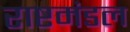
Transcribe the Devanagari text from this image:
राष्टमंडल